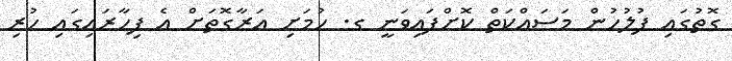
ގޮތުގައި ފުލުހުން މަސައްކަތް ކޮށްފައިވަނީ ގ. ހުމަށި އަރާގޮތަށް އެ ފިހާރައިގައި ހުރި